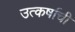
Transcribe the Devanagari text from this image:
उत्कर्षाची